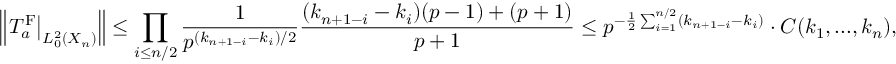
\left\| \left. T _ { a } ^ { \mathrm { F } } \right| _ { L _ { 0 } ^ { 2 } ( X _ { n } ) } \right\| \le \prod _ { i \le n / 2 } \frac { 1 } { p ^ { ( k _ { n + 1 - i } - k _ { i } ) / 2 } } \frac { ( k _ { n + 1 - i } - k _ { i } ) ( p - 1 ) + ( p + 1 ) } { p + 1 } \le p ^ { - \frac { 1 } { 2 } \sum _ { i = 1 } ^ { n / 2 } ( k _ { n + 1 - i } - k _ { i } ) } \cdot C ( k _ { 1 } , . . . , k _ { n } ) ,